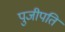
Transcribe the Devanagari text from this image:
पुजीपति